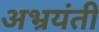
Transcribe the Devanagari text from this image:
अभ्रयंती